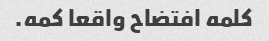
کلمه افتضاح واقعا کمه.